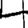
Digit: 4